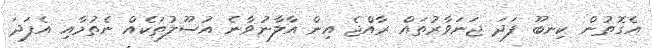
އެގޮތުން ކިނބޫ ފަދަ ޖަނަވާރުތައް ރާއްޖެ އިން އާލާނުވާނެ އުސޫލުތަކެއް ނެތުމާއި އެފަދަ